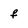
Character: f